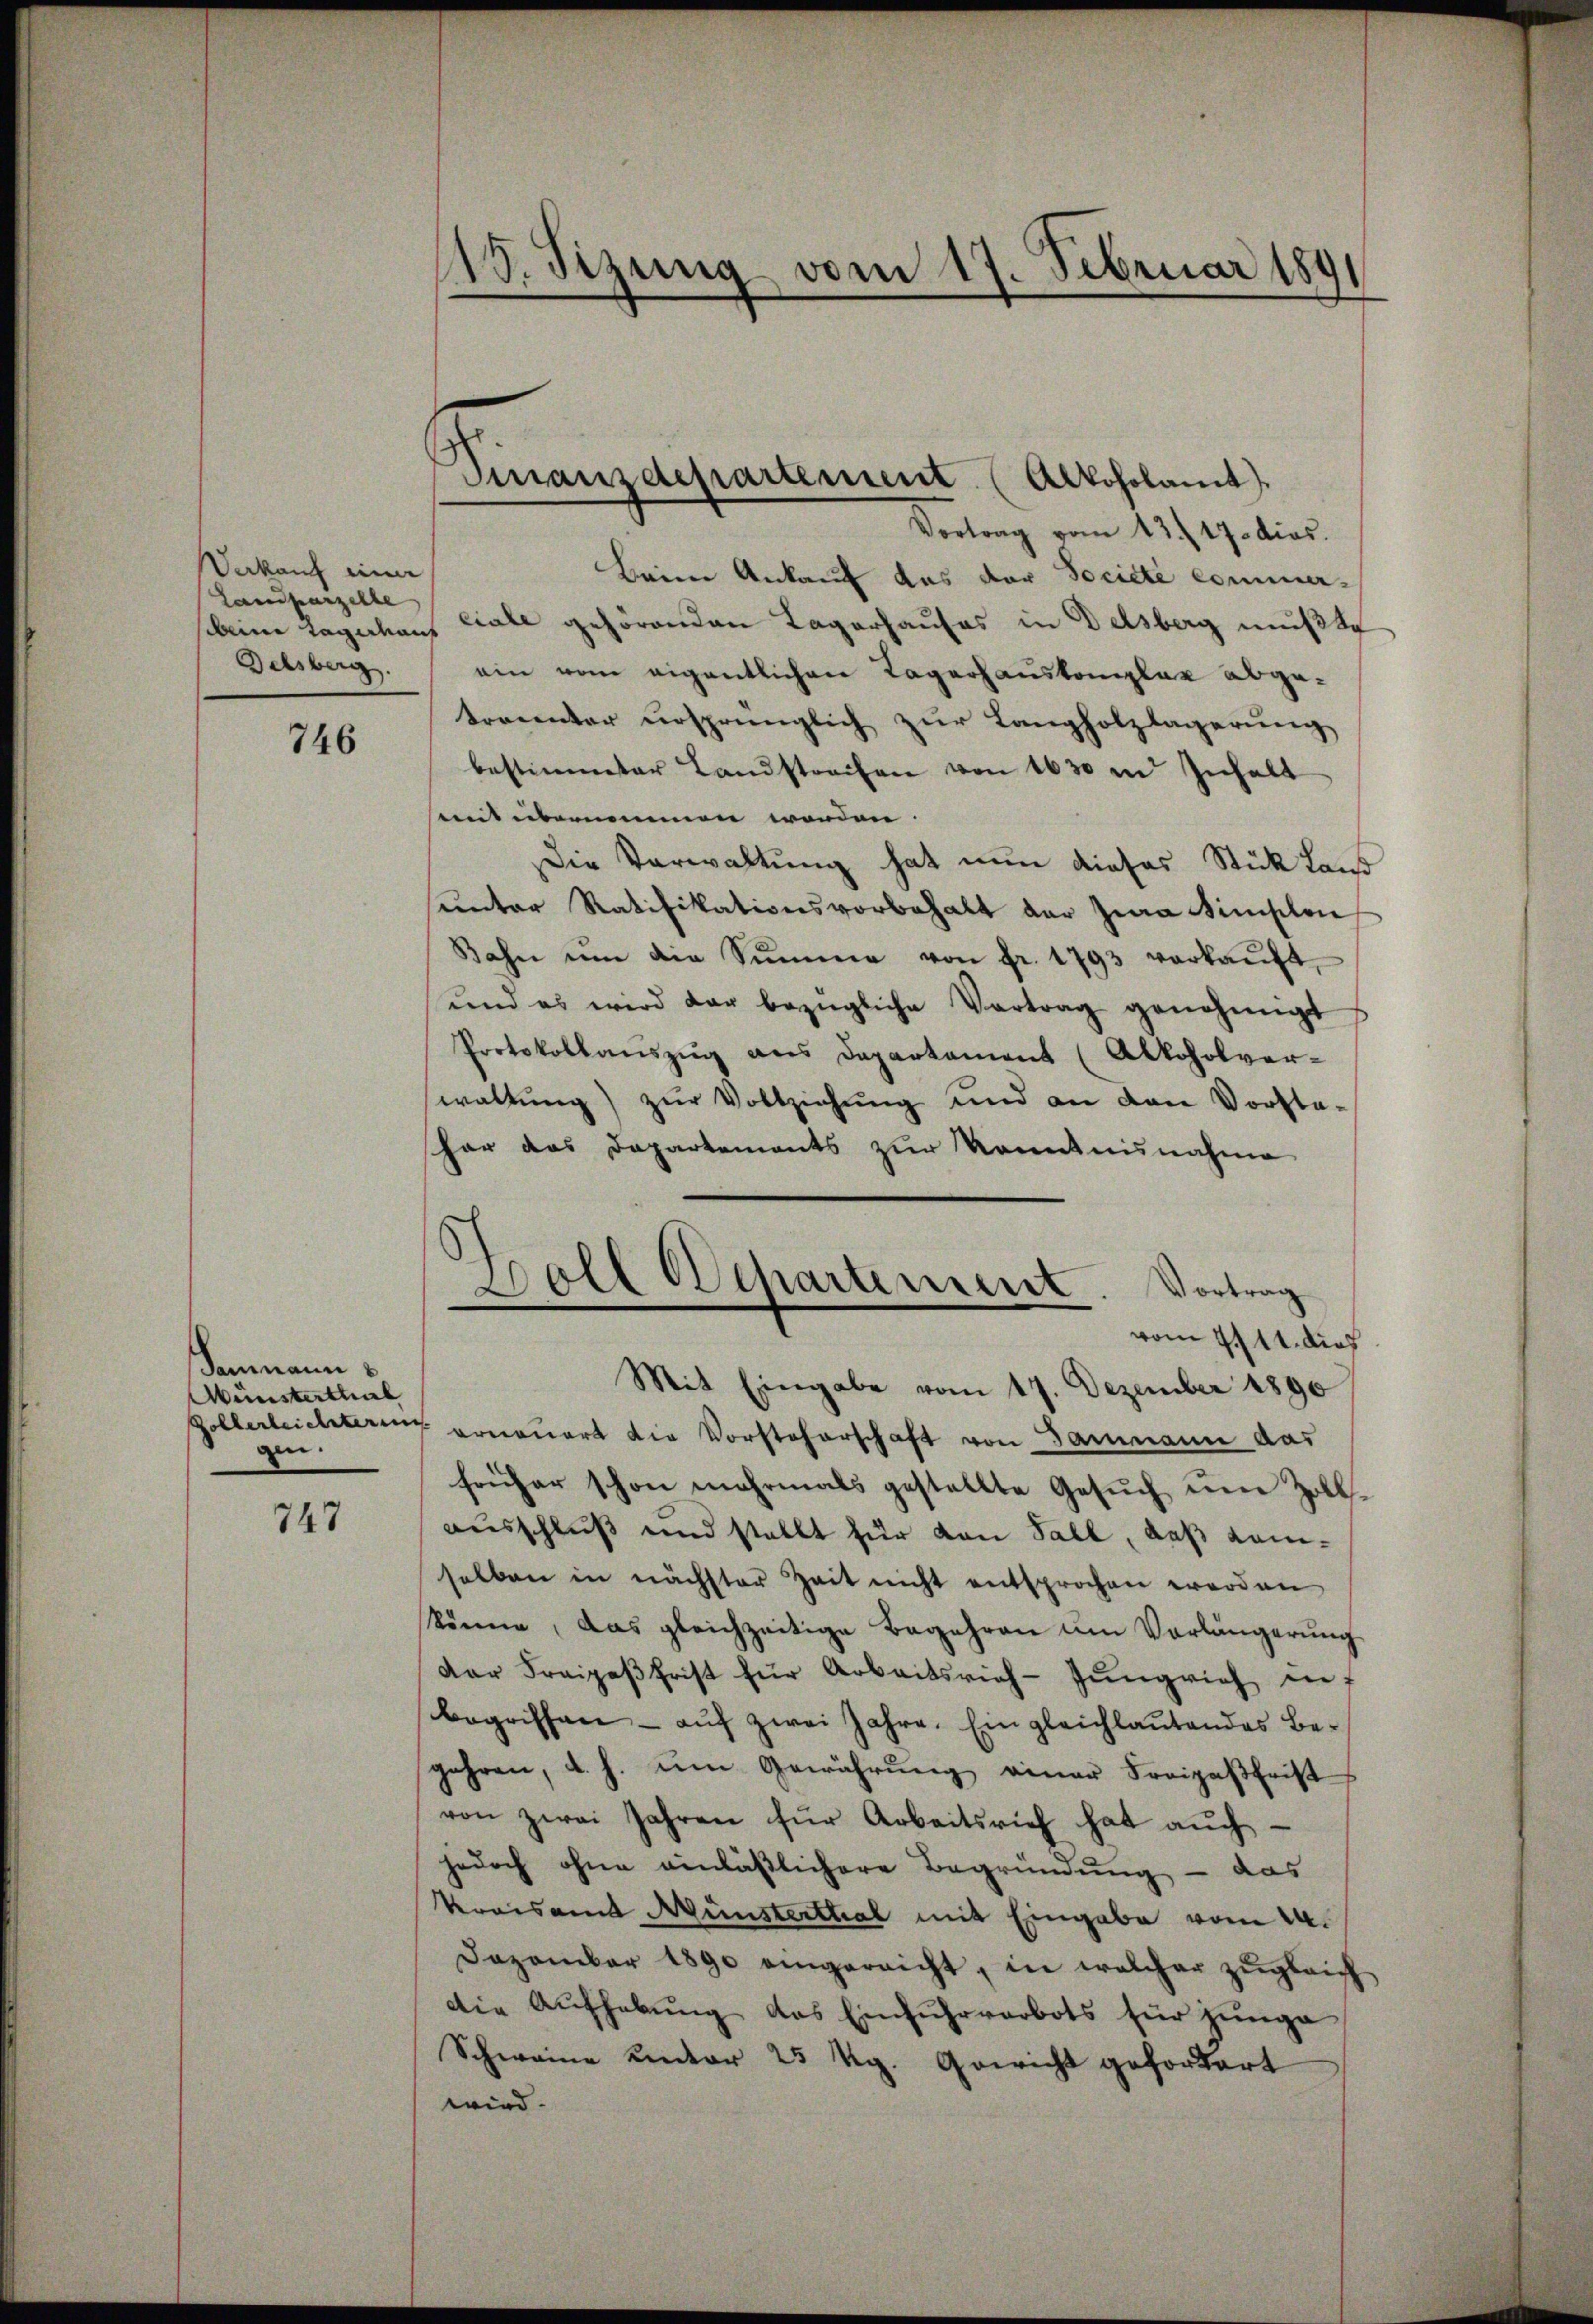
Verkauf einer
Landparzelle
Delsberg.

746

Senmann
Münsterthal
gen.

747

18. Sizung vom 17. Februar 1891
s

Finanzdepartement (Alkoholamt

Vortrag vom 13. 17. dies.
Beine Ankauf das der Société commer-
beim tagerhans liale gehörenden Lagerhauses in Delsberg mußte
ein vom eigentlichen Tagerhauskomplar abgetrocenter ursprünglich zur Langholzlagerung
bestimmter Landstreifen von 1630 in Inhalt
mmit übernommen worden. |
Die Verwaltung hat nun dieses Stück Land
sunter Ratifikationsvorbehalt der Zwa Simplon
Bahn ŭm die Summe von fr. 1793 verkaŭft,
und es wird dar bezügliche Vertrag genehmigt
Protokollanszŭg ans Departament (Alkoholver-
waltŭng zŭr Vollziehung und an den Vorsta-
har das Departements zur Kenntnisnahme
sollerleichterung ernauert die Vorsteherschaft von Gammann das
früher schon mehrmals gestellte Gesŭch ŭm Zoll-
ausschluß und stellt für von Fall, daß Kamselben in nächster Zeit nicht entsprochen worden
könne, das gleichzeitige Begehren um Verlängerŭng
dar Fraipaβfrist für Arbeitsrich-Jŭngrich in f
begriffen - aŭf zwei Jahre. Ein gleichlaŭtendes Be-
gehren, d. h. um Gewährung einer Freigasfrist
von zwei Jahren für Arbeitsrief hat auch
jedoch ohne einläßlichere Begründung - das
kreisamt Münsterthal mit Eingabe vom 24.
Dezember 1890 eingereicht, in welcher zŭgleich
die Aufhebung des Einfuhrverbots für junge
Schweine unter 25 Rg. Gewicht gefordert
wird.

g
Goll Departement. Vortrag
—
vom 7./11. dieß
Mit Eingabe vom 17. Dezember 1890